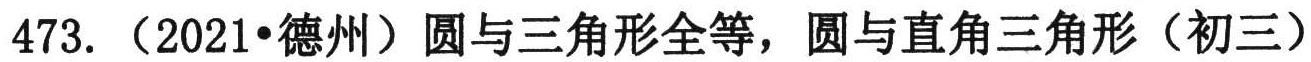
473.（2021•德州）圆与三角形全等，圆与直角三角形（初三）